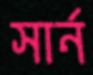
সার্ন